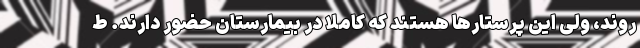
‌روند، ولی این پرستارها هستند که کاملا در بیمارستان حضور دارند. ط